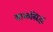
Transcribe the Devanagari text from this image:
बाळसिद्ध